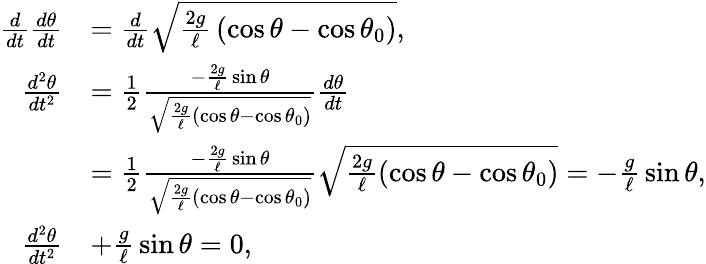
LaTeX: {\begin{array}{rl}{{\frac{d}{dt}}{\frac{d\theta}{dt}}}&{={\frac{d}{dt}}{\sqrt{{\frac{2g}{\ell}}\left(\cos\theta-\cos\theta_{0}\right)}},}\\ {{\frac{d^{2}\theta}{dt^{2}}}}&{={\frac{1}{2}}{\frac{-{\frac{2g}{\ell}}\sin\theta}{\sqrt{{\frac{2g}{\ell}}(\cos\theta-\cos\theta_{0})}}}{\frac{d\theta}{dt}}}\\ &{={\frac{1}{2}}{\frac{-{\frac{2g}{\ell}}\sin\theta}{\sqrt{{\frac{2g}{\ell}}(\cos\theta-\cos\theta_{0})}}}{\sqrt{{\frac{2g}{\ell}}(\cos\theta-\cos\theta_{0})}}=-{\frac{g}{\ell}}\sin\theta,}\\ {{\frac{d^{2}\theta}{dt^{2}}}}&{+{\frac{g}{\ell}}\sin\theta=0,}\end{array}}